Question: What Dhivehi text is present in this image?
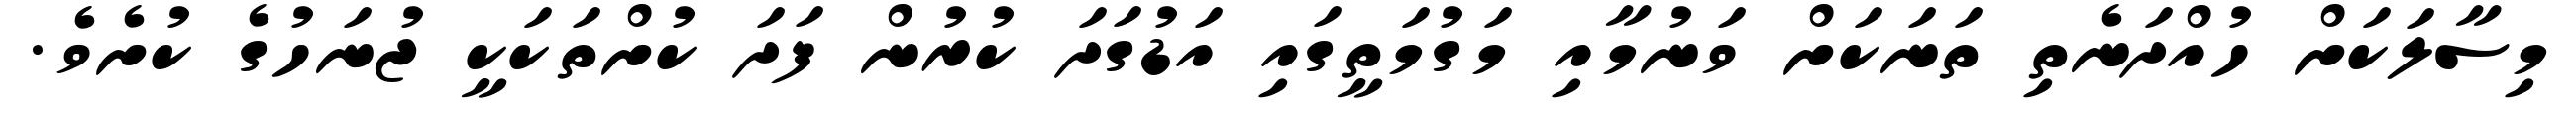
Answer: މިސާލަކަށް ހުއްދަނެތި ތަނަކަށް ވަނުމާއި މަގުމަތީގައި އަޑުގަދަ ކުރުން ފަދަ ކުށްތަކަކީ ޖުނަހުގެ ކުށެވެ.